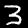
Digit: 3